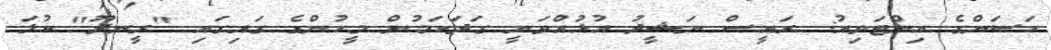
ހަސަންގެ އިންޓަވިއު: ރައީސް ނަޝީދު އުޅުއްވަނީ ގަދަކަމުން މީހުންގެ ގައިގައި "ރީނދޫ" ކުލަ